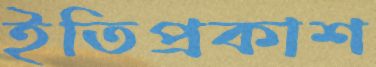
ইতিপ্রকাশ